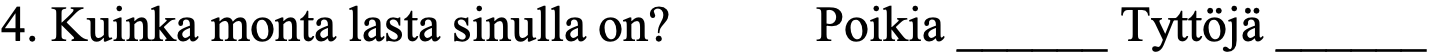
4. Kuinka monta lasta sinulla on? Poikia ______ Tyttöjä ______